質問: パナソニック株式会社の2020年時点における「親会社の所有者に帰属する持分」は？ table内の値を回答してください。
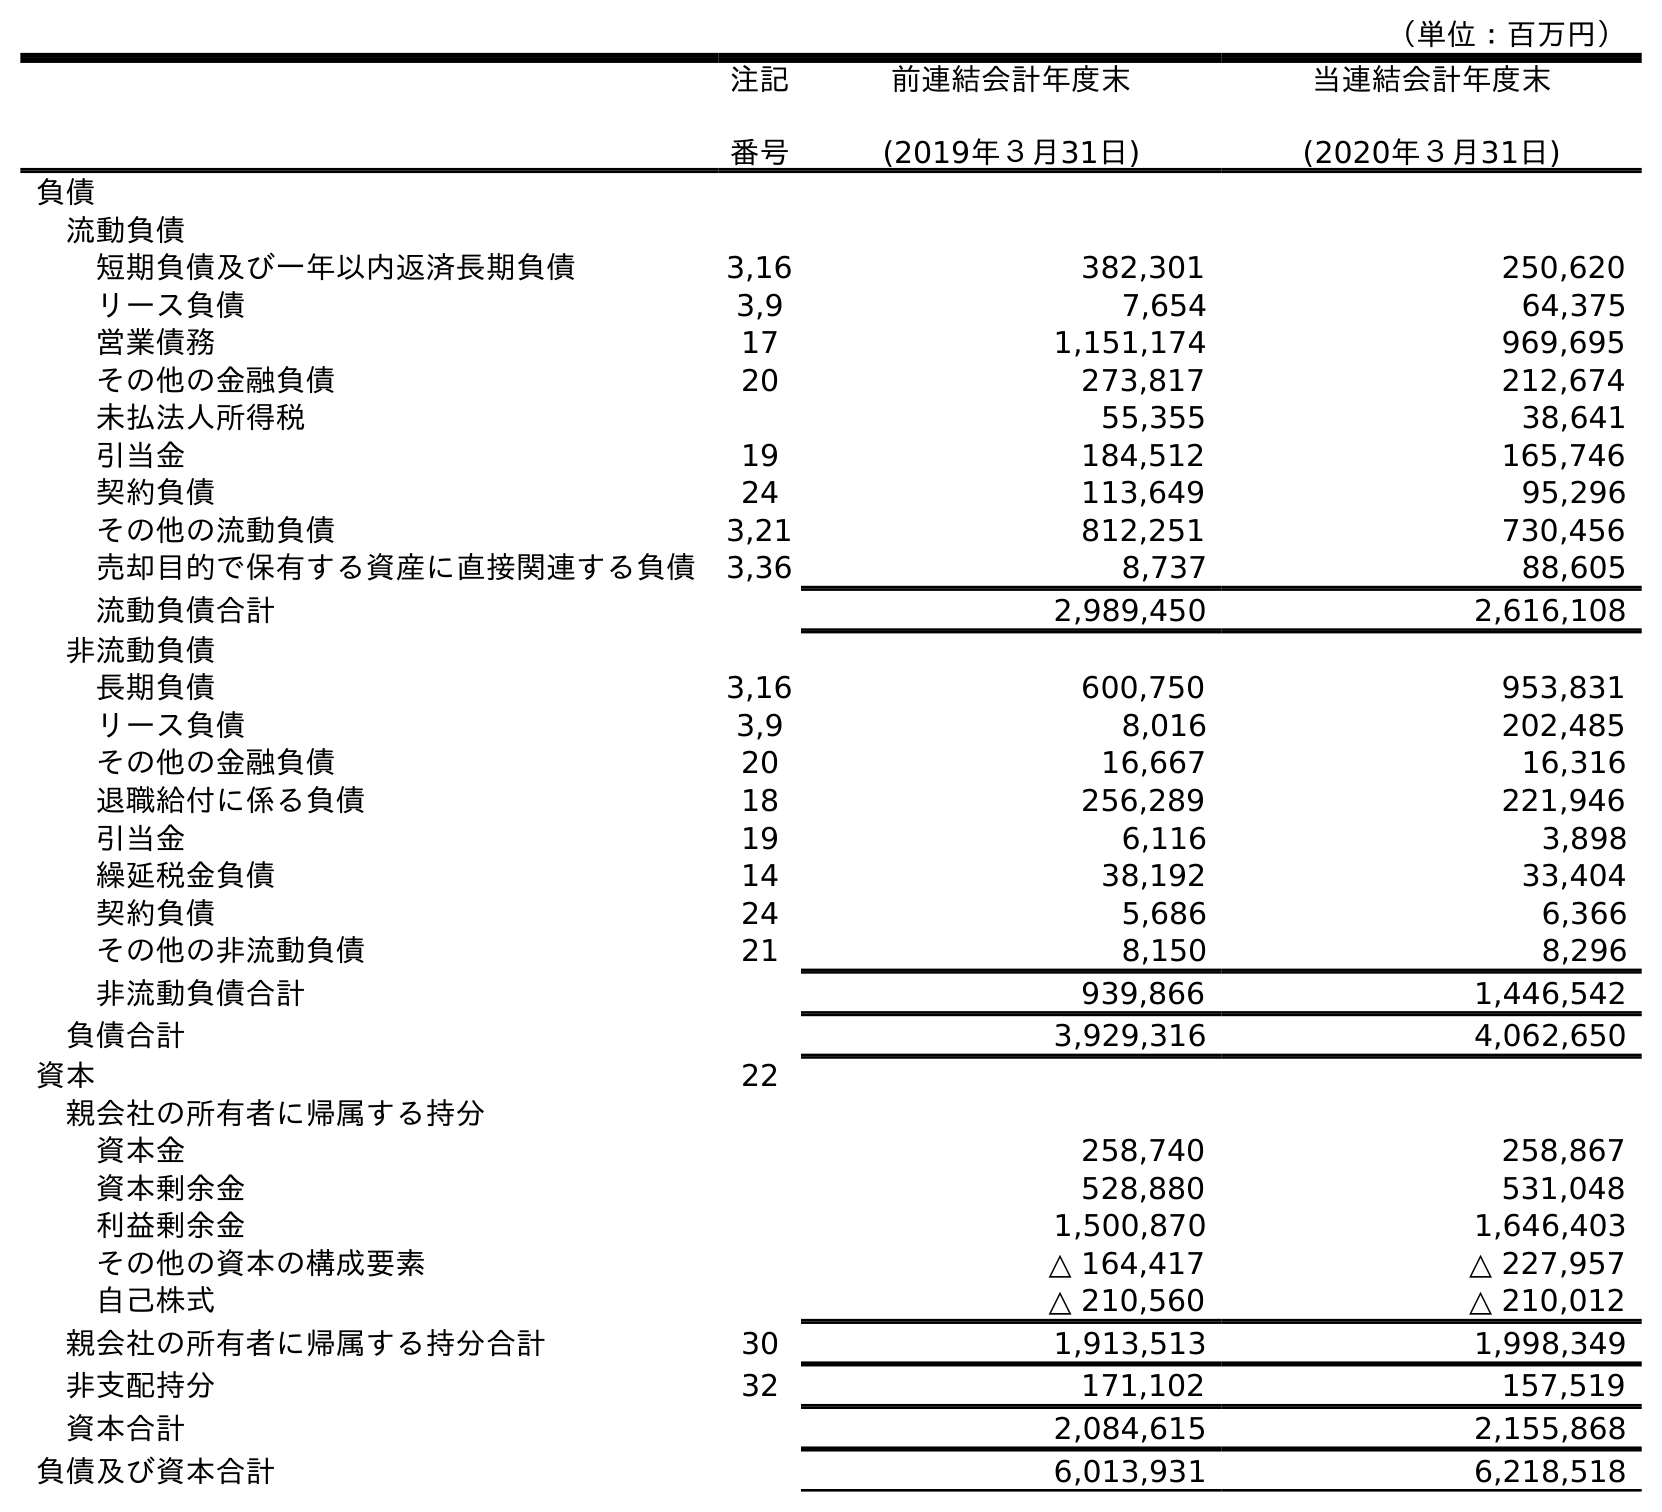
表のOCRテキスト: （単位：百万円） 注記 番号 前連結会計年度末 (2019年３月31日) 当連結会計年度末 (2020年３月31日) 負債 流動負債 短期負債及び一年以内返済長期負債 3,16 382,301 250,620 リース負債 3,9 7,654 64,375 営業債務 17 1,151,174 969,695 その他の金融負債 20 273,817 212,674 未払法人所得税 55,355 38,641 引当金 19 184,512 165,746 契約負債 24 113,649 95,296 その他の流動負債 3,21 812,251 730,456 売却目的で保有する資産に直接関連する負債 3,36 8,737 88,605 流動負債合計 2,989,450 2,616,108 非流動負債 長期負債 3,16 600,750 953,831 リース負債 3,9 8,016 202,485 その他の金融負債 20 16,667 16,316 退職給付に係る負債 18 256,289 221,946 引当金 19 6,116 3,898 繰延税金負債 14 38,192 33,404 契約負債 24 5,686 6,366 その他の非流動負債 21 8,150 8,296 非流動負債合計 939,866 1,446,542 負債合計 3,929,316 4,062,650 資本 22 親会社の所有者に帰属する持分 資本金 258,740 258,867 資本剰余金 528,880 531,048 利益剰余金 1,500,870 1,646,403 その他の資本の構成要素 △ 164,417 △ 227,957 自己株式 △ 210,560 △ 210,012 親会社の所有者に帰属する持分合計 30 1,913,513 1,998,349 非支配持分 32 171,102 157,519 資本合計 2,084,615 2,155,868 負債及び資本合計 6,013,931 6,218,518
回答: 1,998,349